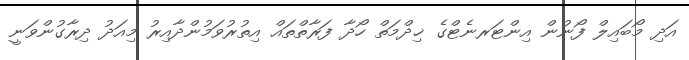
އަދި މޯބައިލް ފޯނުން އިންޓަރނެޓްގެ ޚިދްމަތް ހޯދާ ފަރާތްތައް އިތުރުވަމުންދާއިރު މިއަދު ދިރާގުންވަނީ